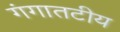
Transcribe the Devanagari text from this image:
गंगातटीय